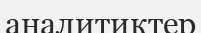
аналитиктер